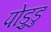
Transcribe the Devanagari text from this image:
पोड़ुडु